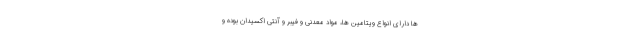
ها دارای انواع ویتامین ها، مواد معدنی و فیبر و آنتی اکسیدان بوده و